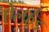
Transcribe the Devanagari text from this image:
ऐल्फ़्रैड